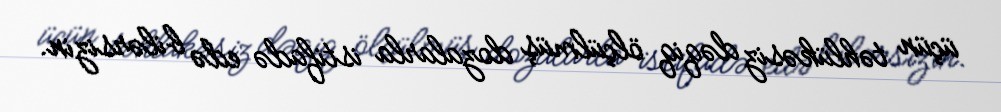
üçün təhlükəsiz dəqiq ölçülmüş dozalarla istifadə edə bilərsizin.